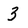
Character: 3